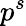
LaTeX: p^{s}